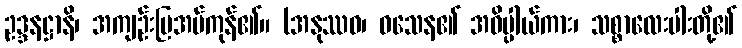
ဥဒ္ဒနဋ္ဌာနိ၊ အကျဉ်းပြအပ်ကုန်၏။ (အနုဿဝ၊ ဝသေန၏ အဓိပ္ပါယ်ကား၊ သစ္စာလေးပါးတို့၏